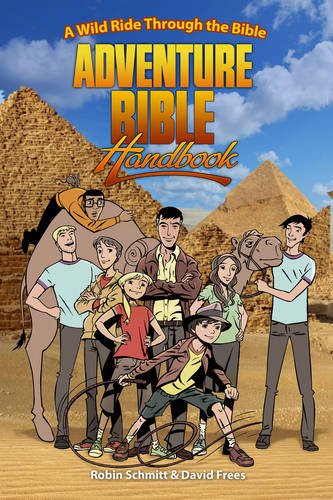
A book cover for Adventure Bible Handbook: A Wild Ride Through the Bible; Robin Schmitt; Children's Books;